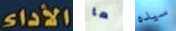
الأداء ما سيده